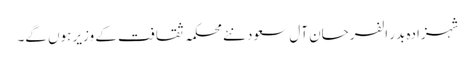
شہزادہ بدر الفرحان آل سعود نئے محکمہ ثقافت کے وزیر ہوں گے۔